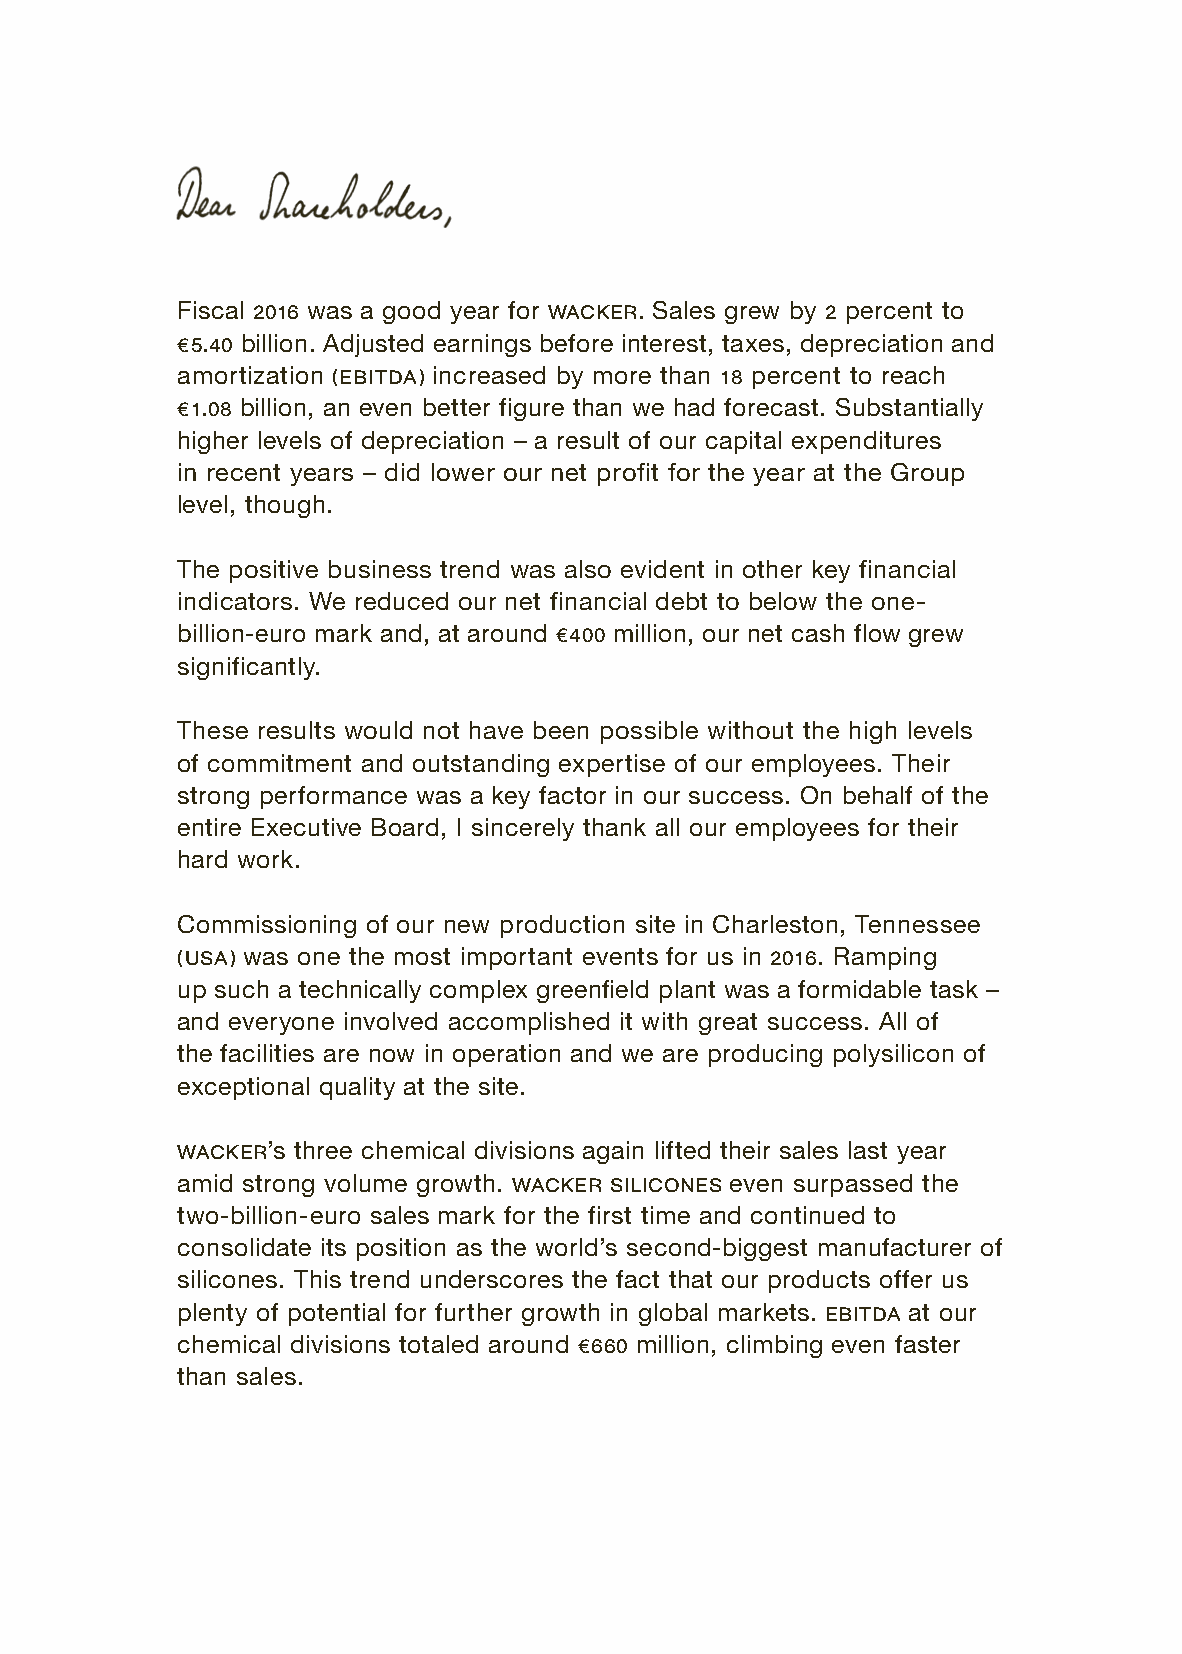
Fiscal 2016 was a good year for WACKER. Sales grew by 2 percent to
 € 5.40 billion. Adjusted earnings before interest, taxes, depreciation and
 amortization (EBITDA) increased by more than 18 percent to reach
 € 1.08 billion, an even better figure than we had forecast. Substantially
 higher levels of depreciation – a result of our capital expenditures
 in recent years – did lower our net profit for the year at the Group
 level, though.
 The positive business trend was also evident in other key financial
 indicators. We reduced our net financial debt to below the one-
 billion-euro mark and, at around € 400 million, our net cash flow grew
 significantly.
 These results would not have been possible without the high levels
 of commitment and outstanding expertise of our employees. Their
 strong performance was a key factor in our success. On behalf of the
 entire Executive Board, I sincerely thank all our employees for their
 hard work.
 Commissioning of our new production site in Charleston, Tennessee
 (USA) was one the most important events for us in 2016. Ramping
 up such a technically complex greenfield plant was a formidable task –
 and everyone involved accomplished it with great success. All of
 the facilities are now in operation and we are producing polysilicon of
 exceptional quality at the site.
 WACKER’s three chemical divisions again lifted their sales last year
 amid strong volume growth. WACKER SILICONES even surpassed the
 two-billion-euro sales mark for the first time and continued to
 consolidate its position as the world’s second-biggest manufacturer of
 silicones. This trend underscores the fact that our products offer us
 plenty of potential for further growth in global markets. EBITDA at our
 chemical divisions totaled around € 660 million, climbing even faster
 than sales.